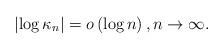
LaTeX: \begin{align*}\left|\log \kappa_{n}\right|=o\left(\log n \right),n\rightarrow \infty.\end{align*}